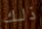
ذلك